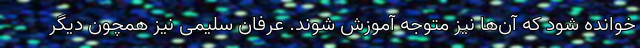
خوانده شود که آن‌ها نیز متوجه آموزش شوند. عرفان سلیمی نیز همچون دیگر